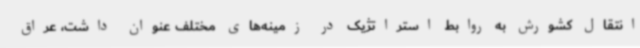
انتقال کشورش به روابط استراتژیک در زمینه‌های مختلف عنوان داشت، عراق